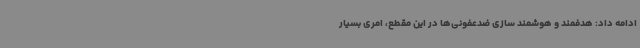
ادامه داد: هدفمند و هوشمند سازی ضدعفونی‌ها در این مقطع، امری بسیار